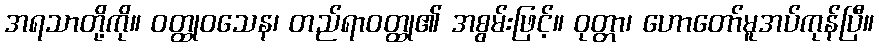
အရသာတို့ကို။ ဝတ္ထုဝသေန၊ တည်ရာဝတ္ထု၏ အစွမ်းဖြင့်။ ဝုတ္တာ၊ ဟောတော်မူအပ်ကုန်ပြီ။